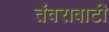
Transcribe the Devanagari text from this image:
तंवरावाटी